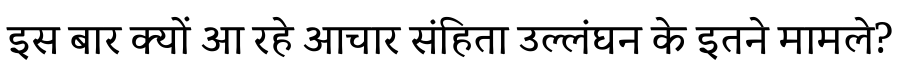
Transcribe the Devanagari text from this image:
इस बार क्यों आ रहे आचार संहिता उल्लंघन के इतने मामले?